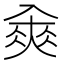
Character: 𠓵